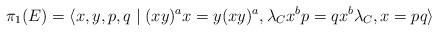
LaTeX: \begin{align*} \pi_1(E) = \langle x,y,p,q \mid (xy)^ax=y(xy)^a,\lambda_{C}x^bp=qx^b\lambda_{C},x=pq \rangle\end{align*}